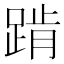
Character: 𰸕